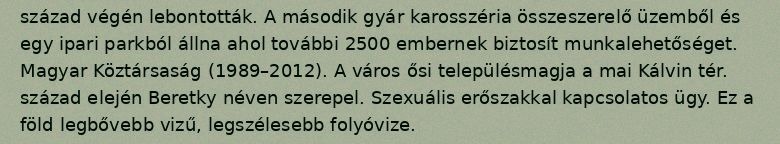
század végén lebontották. A második gyár karosszéria összeszerelő üzemből és egy ipari parkból állna ahol további 2500 embernek biztosít munkalehetőséget. Magyar Köztársaság (1989–2012). A város ősi településmagja a mai Kálvin tér. század elején Beretky néven szerepel. Szexuális erőszakkal kapcsolatos ügy. Ez a föld legbővebb vizű, legszélesebb folyóvize.